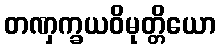
တဏှက္ခယဝိမုတ္တိယော